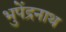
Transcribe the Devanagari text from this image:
भुपेंद्रनाथ